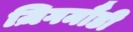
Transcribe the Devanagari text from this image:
ज़िगमौंडी